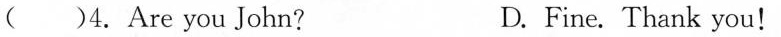
4. Are you John? D.Fine. Thank you!